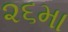
૨૬મા